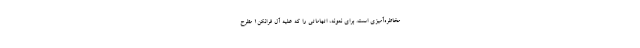
مخاطره‌آمیزی است. برای نمونه، اتهاماتی را که علیه آل فرانکن۱ مطرح